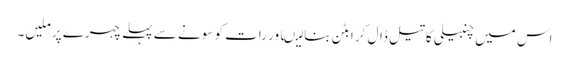
اس میں چنبیلی کا تیل ڈال کر ابٹن بنا لیںاور رات کو سونے سے پہلے چہرے پر ملیں۔